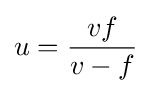
u={\frac {vf}{v-f}}